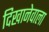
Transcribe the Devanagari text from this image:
दिखानेवाला